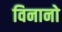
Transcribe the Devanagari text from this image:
विनानो